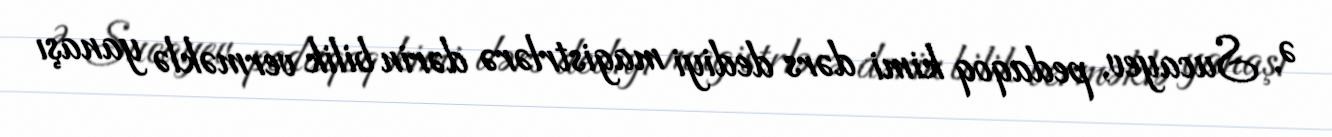
Ə. Sucayev, pedaqoq kimi dərs dediyi magistrlərə dərin bilik verməklə yanaşı